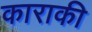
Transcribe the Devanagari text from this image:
काराकी